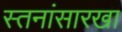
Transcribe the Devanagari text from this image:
स्तनांसारखा